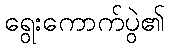
ရွေးကောက်ပွဲ၏